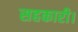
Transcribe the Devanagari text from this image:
सहकारी।